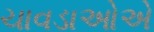
ચાવડાઓએ